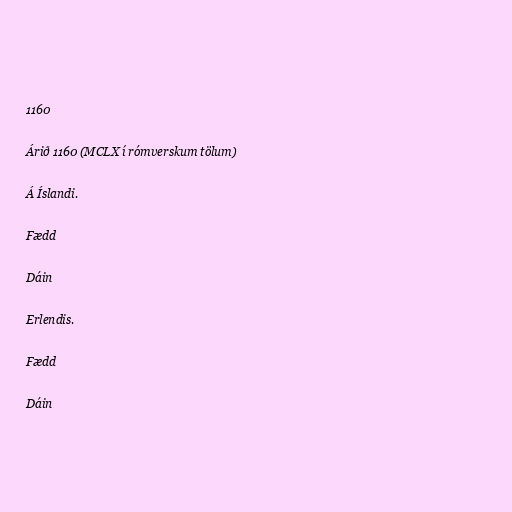
1160

Árið 1160 (MCLX í rómverskum tölum)

Á Íslandi.

Fædd

Dáin

Erlendis.

Fædd

Dáin